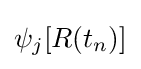
\psi _{j}[R(t_{n})]